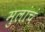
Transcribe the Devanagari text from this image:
मुलांचं